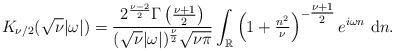
LaTeX: \begin{align*} K_{\nu/2}(\sqrt{\nu}|\omega|) &= \frac{2^{\frac{\nu-2}{2}}\Gamma\left(\frac{\nu+1}{2}\right)}{(\sqrt{\nu}|\omega|)^{\frac{\nu}{2}}\sqrt{\nu \pi}} \int_{\mathbb{R}} \left(1+\tfrac{n^2}{\nu}\right)^{-\tfrac{\nu+1}{2}} e^{i\omega n} ~\mathrm{d}n.\end{align*}